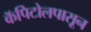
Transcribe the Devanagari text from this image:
कॅपिटोलपासून